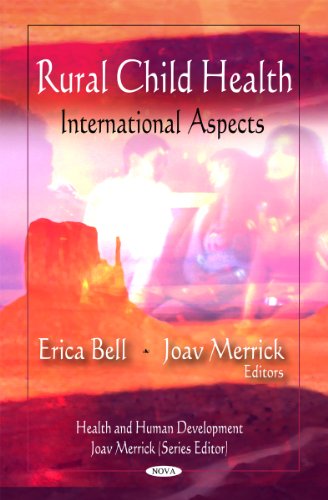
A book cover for Rural Child Health: International Aspects (Health and Human Development); Medical Books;